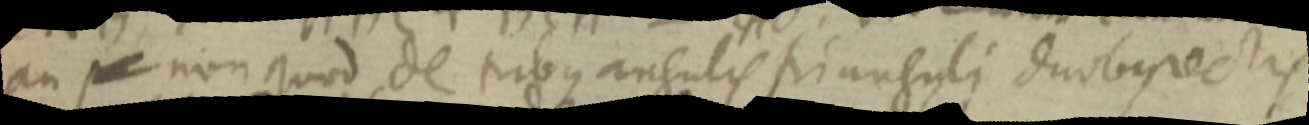
an _ non quod de tribus angulis si anguli duobus rectis